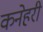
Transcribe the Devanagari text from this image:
कनेहरी